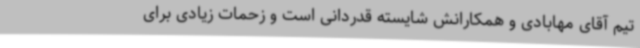
تیم آقای مهابادی و همکارانش شایسته قدردانی است و زحمات زیادی برای